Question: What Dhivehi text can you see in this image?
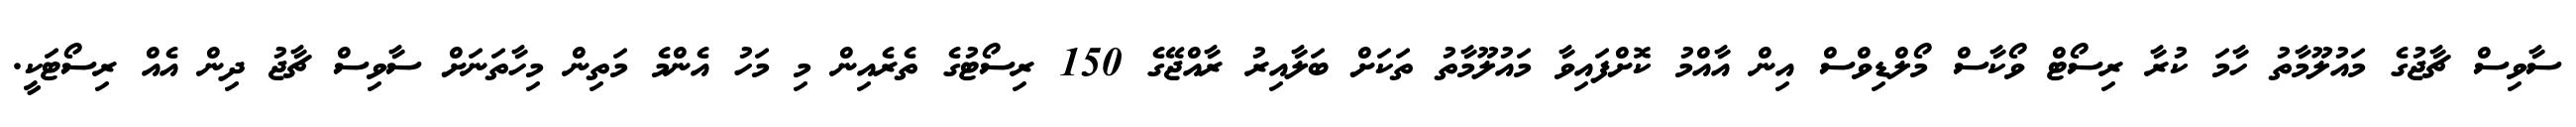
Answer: ސާވިސް ޗާޖުގެ މައުލޫމާތު ހާމަ ކުރާ ރިސޯޓް ވޯކާސް މޯލްޑިވްސް އިން އާއްމު ކޮށްފައިވާ މައުލޫމާތު ތަކަށް ބަލާއިރު ރާއްޖޭގެ 150 ރިސޯޓުގެ ތެރެއިން މި މަހު އެންމެ މަތިން މިހާތަނަށް ސާވިސް ޗާޖު ދިން އެއް ރިސޯޓަކީ.